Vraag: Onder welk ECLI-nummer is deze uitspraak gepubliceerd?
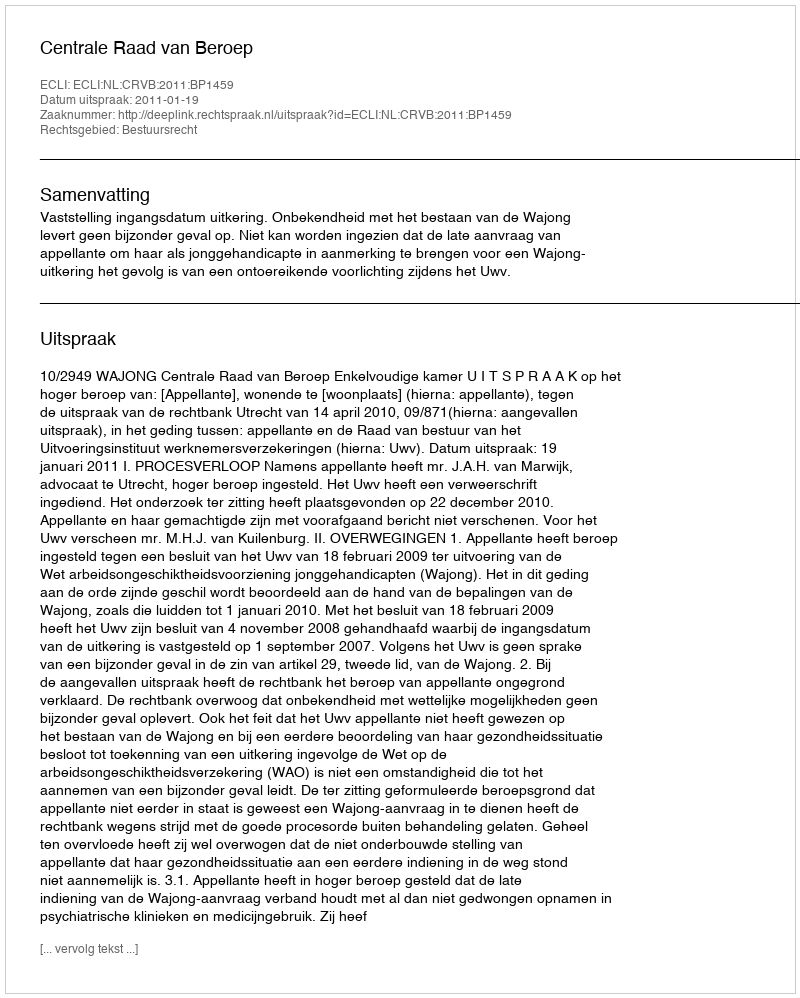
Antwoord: ECLI:NL:CRVB:2011:BP1459